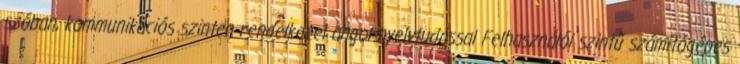
szóban, kommunikációs szinten rendelkezel angol nyelvtudással Felhasználói szintű számítógépes